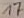
Text: 17